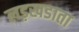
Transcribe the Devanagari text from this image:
लड़खडाता